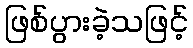
ဖြစ်ပွားခဲ့သဖြင့်